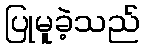
ပြုမူခဲ့သည်